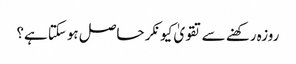
روزہ رکھنے سے تقویٰ کیونکر حاصل ہوسکتا ہے؟